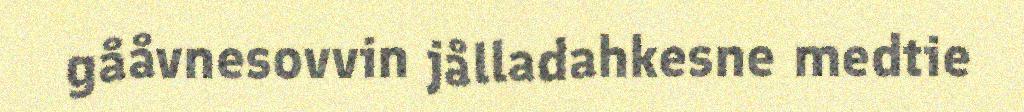
gååvnesovvin jålladahkesne medtie